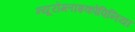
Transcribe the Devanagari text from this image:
न्यूरोग्लाइकोपिनिया